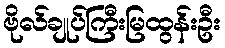
ဗိုလ်ချုပ်ကြီးမြထွန်းဦး